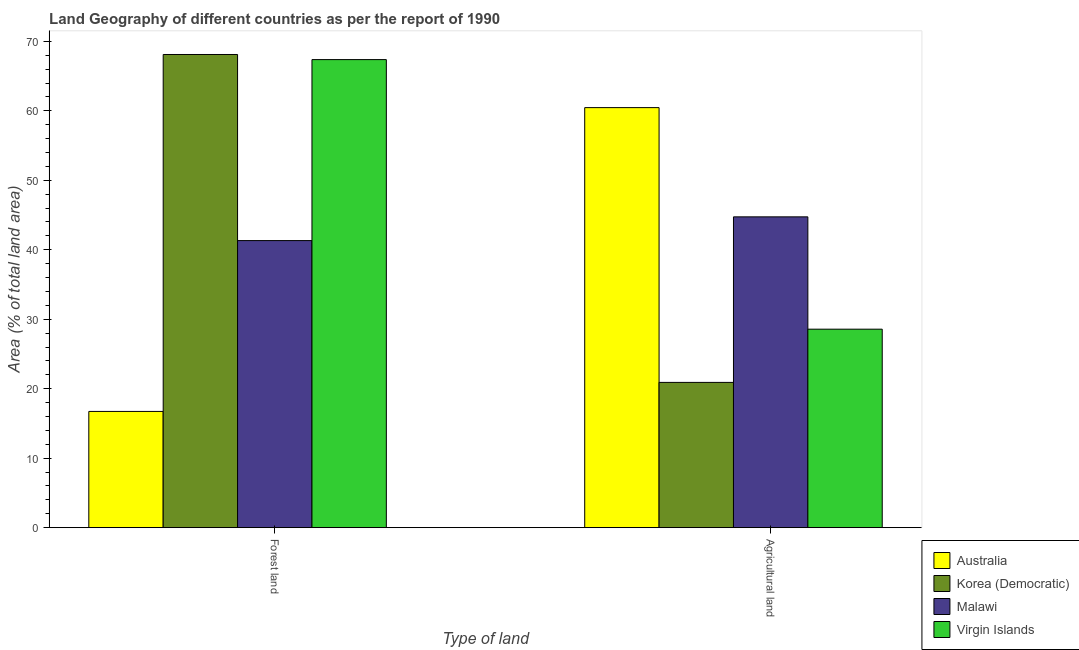
| Type of land | Australia | Korea (Democratic) | Malawi | Virgin Islands |
 | --- | --- | --- | --- | --- |
 | Forest land | 16.7 | 68.1 | 41.3 | 67.4 |
 | Agricultural land | 60.5 | 20.9 | 44.7 | 28.6 |